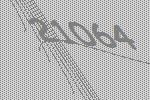
21064